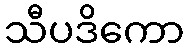
သီပဒိကော